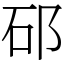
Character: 䂙